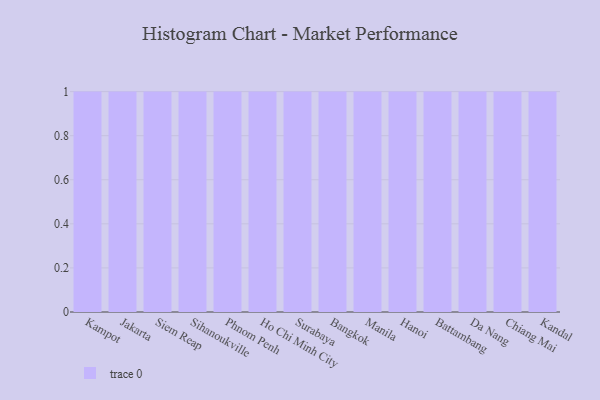
{"axis": {"x": "City", "y": "Headcount"}, "legend": [""], "data": [{"x": "Kampot", "y": 2, "type": ""}, {"x": "Jakarta", "y": 37, "type": ""}, {"x": "Siem Reap", "y": 89, "type": ""}, {"x": "Sihanoukville", "y": 98, "type": ""}, {"x": "Phnom Penh", "y": 30, "type": ""}, {"x": "Ho Chi Minh City", "y": 11, "type": ""}, {"x": "Surabaya", "y": 20, "type": ""}, {"x": "Bangkok", "y": 29, "type": ""}, {"x": "Manila", "y": 68, "type": ""}, {"x": "Hanoi", "y": 26, "type": ""}, {"x": "Battambang", "y": 70, "type": ""}, {"x": "Da Nang", "y": 43, "type": ""}, {"x": "Chiang Mai", "y": 55, "type": ""}, {"x": "Kandal", "y": 10, "type": ""}]}